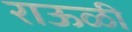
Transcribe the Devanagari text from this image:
राऊळी